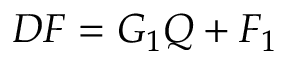
D F = G _ { 1 } Q + F _ { 1 }